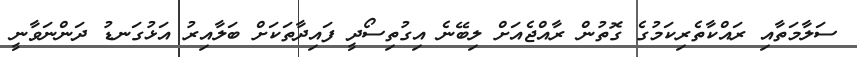
ސަލާމަތާއި ރައްކާތެރިކަމުގެ ގޮތުން ރާއްޖެއަށް ލިބޭނެ އިގުތިސޯދީ ފައިދާތަކަށް ބަލާއިރު އަޅުގަނޑު ދަންނަވާނީ